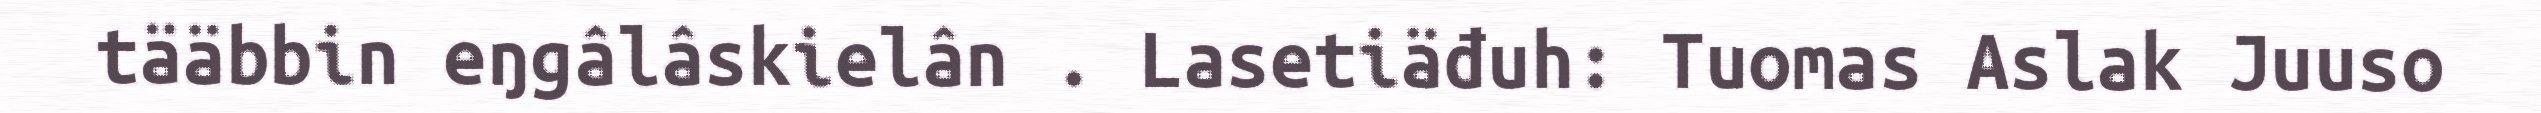
tääbbin eŋgâlâskielân . Lasetiäđuh: Tuomas Aslak Juuso